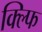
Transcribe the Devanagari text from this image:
क्ल्फि